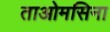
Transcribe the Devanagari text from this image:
ताओमसिना